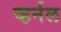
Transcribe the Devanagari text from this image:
व्हर्नल